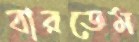
বারডেম